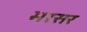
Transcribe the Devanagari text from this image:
भरसर